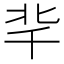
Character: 𠦞